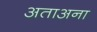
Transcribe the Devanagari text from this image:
अताअना